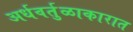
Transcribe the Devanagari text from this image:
अर्धवर्तुळाकारात